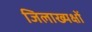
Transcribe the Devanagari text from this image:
जिलाख्यक्षों